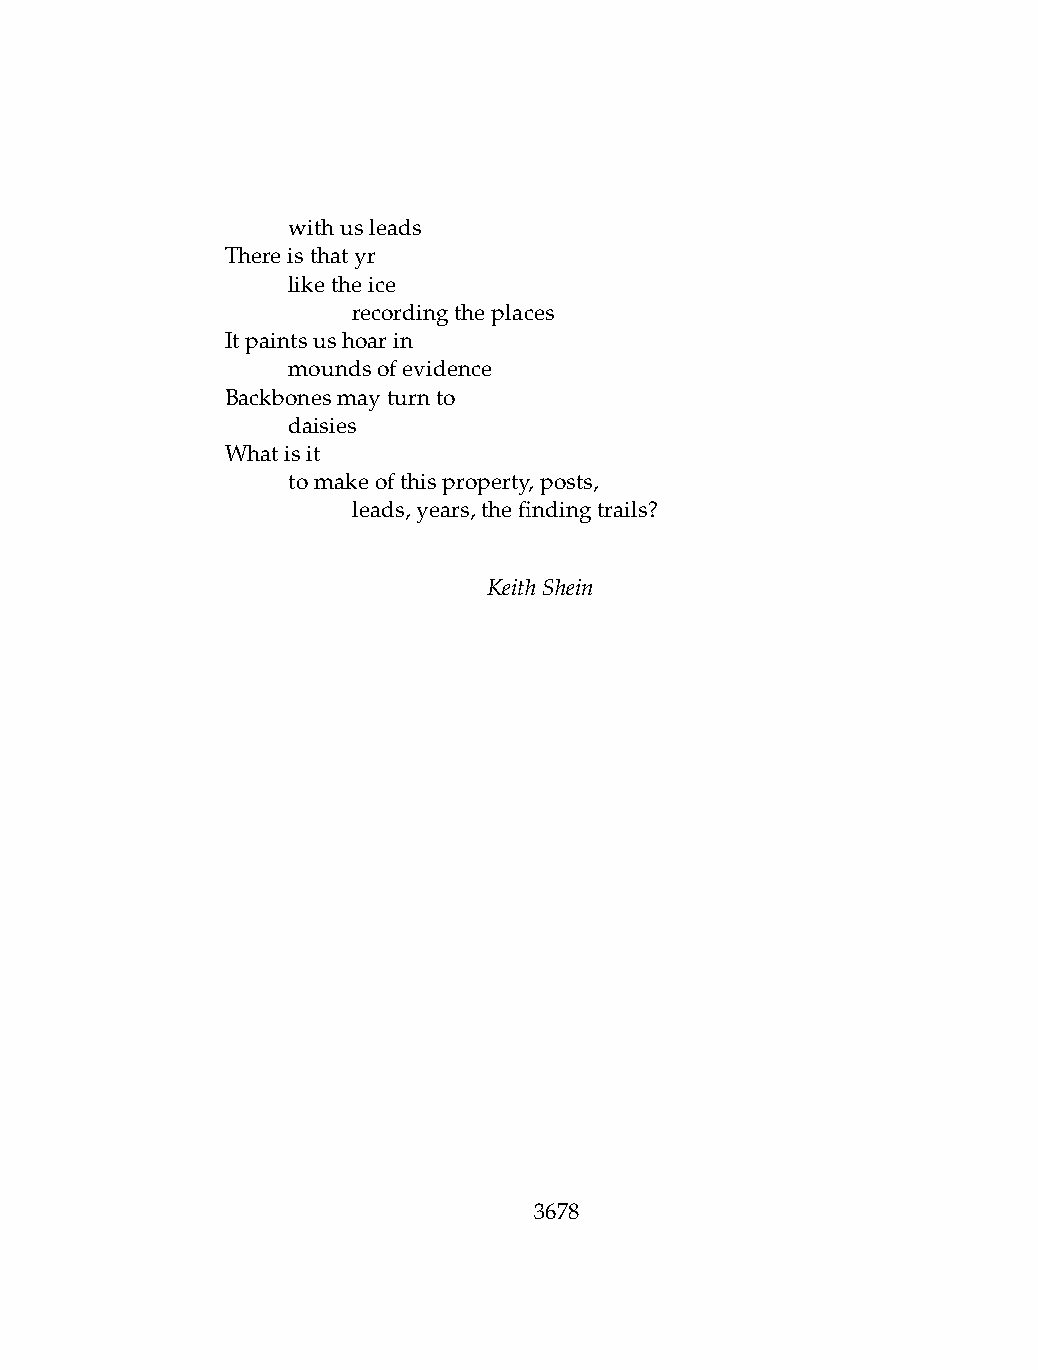
.   withusleads
 Thereisthatyr
 .   liketheice
 .   .   recordingtheplaces
 Itpaintsushoarin
 .   moundsofevidence
 Backbonesmayturnto
 .   daisies
 Whatisit
 .   tomakeofthisproperty,posts,
 .   .   leads,years,thefindingtrails?
 KeithShein
 3678